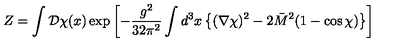
Z = \int { \cal D } \chi ( x ) \exp \left[ - { \frac { g ^ { 2 } } { 3 2 \pi ^ { 2 } } } \int d ^ { 3 } x \left\{ ( \nabla \chi ) ^ { 2 } - 2 \bar { M } ^ { 2 } ( 1 - \cos \chi ) \right\} \right]